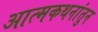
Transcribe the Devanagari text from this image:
आत्मकथनांतुन